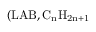
( \mathrm { L A B , C _ { n } H _ { 2 n + 1 } }